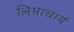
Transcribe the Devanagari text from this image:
लिप्ताचार्य